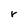
Character: r